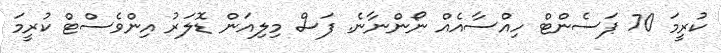
ކުރީމަ 70 ޕަސެންޓް ހިއްސާއެއް ނޯންނާނެ. ފަސް މިލިއަން ޑޮލަރު އިންވެސްޓް ކުރީމަ